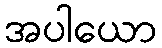
အပါယော